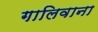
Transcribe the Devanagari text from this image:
गालिवाना